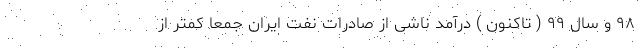
۹۸ و سال ۹۹ ( تاکنون ) درآمد ناشی از صادرات نفت ایران جمعاً کمتر از